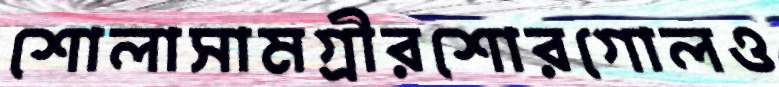
শোলাসামগ্রীরশোরগোলও